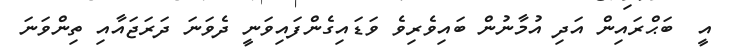
އީ  ބަޙްރައިން އަދި އުމާނުން ބައިވެރިވެ ވަޑައިގެންފައިވަނީ ދެވަނަ ދަރަޖައާއި ތިންވަނަ